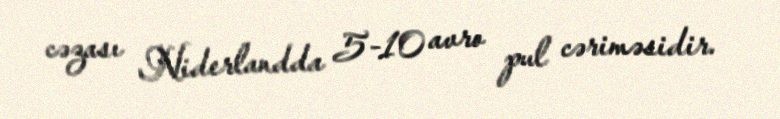
cəzası Niderlandda 5-10 avro pul cəriməsidir.